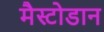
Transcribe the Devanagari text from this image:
मैस्टोडान